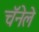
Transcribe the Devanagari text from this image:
चॅनेले